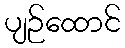
ပျဉ်ထောင်